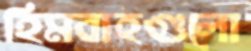
হিমবাহগুলো